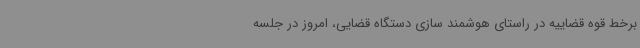
برخط قوه قضاییه در راستای هوشمند سازی دستگاه قضایی، امروز در جلسه